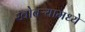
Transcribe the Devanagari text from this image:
खोबऱ्यामध्ये